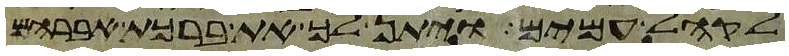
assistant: לקהל עמים ויתן לך את ברכת אברהם